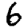
Digit: 6